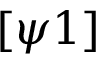
[ \psi 1 ]